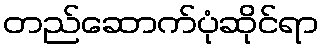
တည်ဆောက်ပုံဆိုင်ရာ